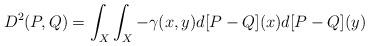
LaTeX: \begin{align*}D^{2}(P,Q)=\int_{X}\int_{X}- \gamma(x,y)d[P- Q](x)d[P-Q](y)\end{align*}